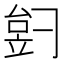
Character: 𬔠